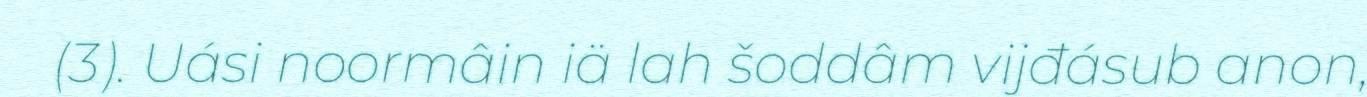
(3). Uási noormâin iä lah šoddâm vijđásub anon,